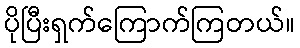
ပိုပြီးရှက်ကြောက်ကြတယ်။